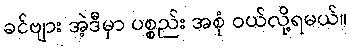
ခင်ဗျား အဲ့ဒီမှာ ပစ္စည်း အစုံ ဝယ်လို့ရမယ်။